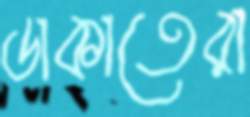
ডাকাতেরা